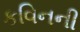
કવિનની